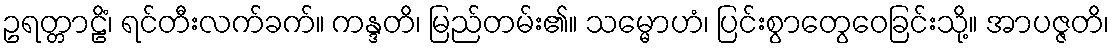
ဥရတ္တာဠိံ၊ ရင်တီးလက်ခက်။ ကန္ဒတိ၊ မြည်တမ်း၏။ သမ္မောဟံ၊ ပြင်းစွာတွေဝေခြင်းသို့။ အာပဇ္ဇတိ၊